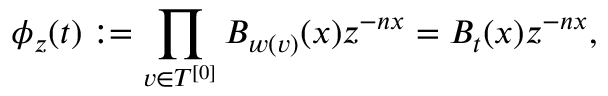
\phi _ { z } ( t ) : = \prod _ { v \in T ^ { [ 0 ] } } B _ { w ( v ) } ( x ) z ^ { - n x } = B _ { t } ( x ) z ^ { - n x } ,